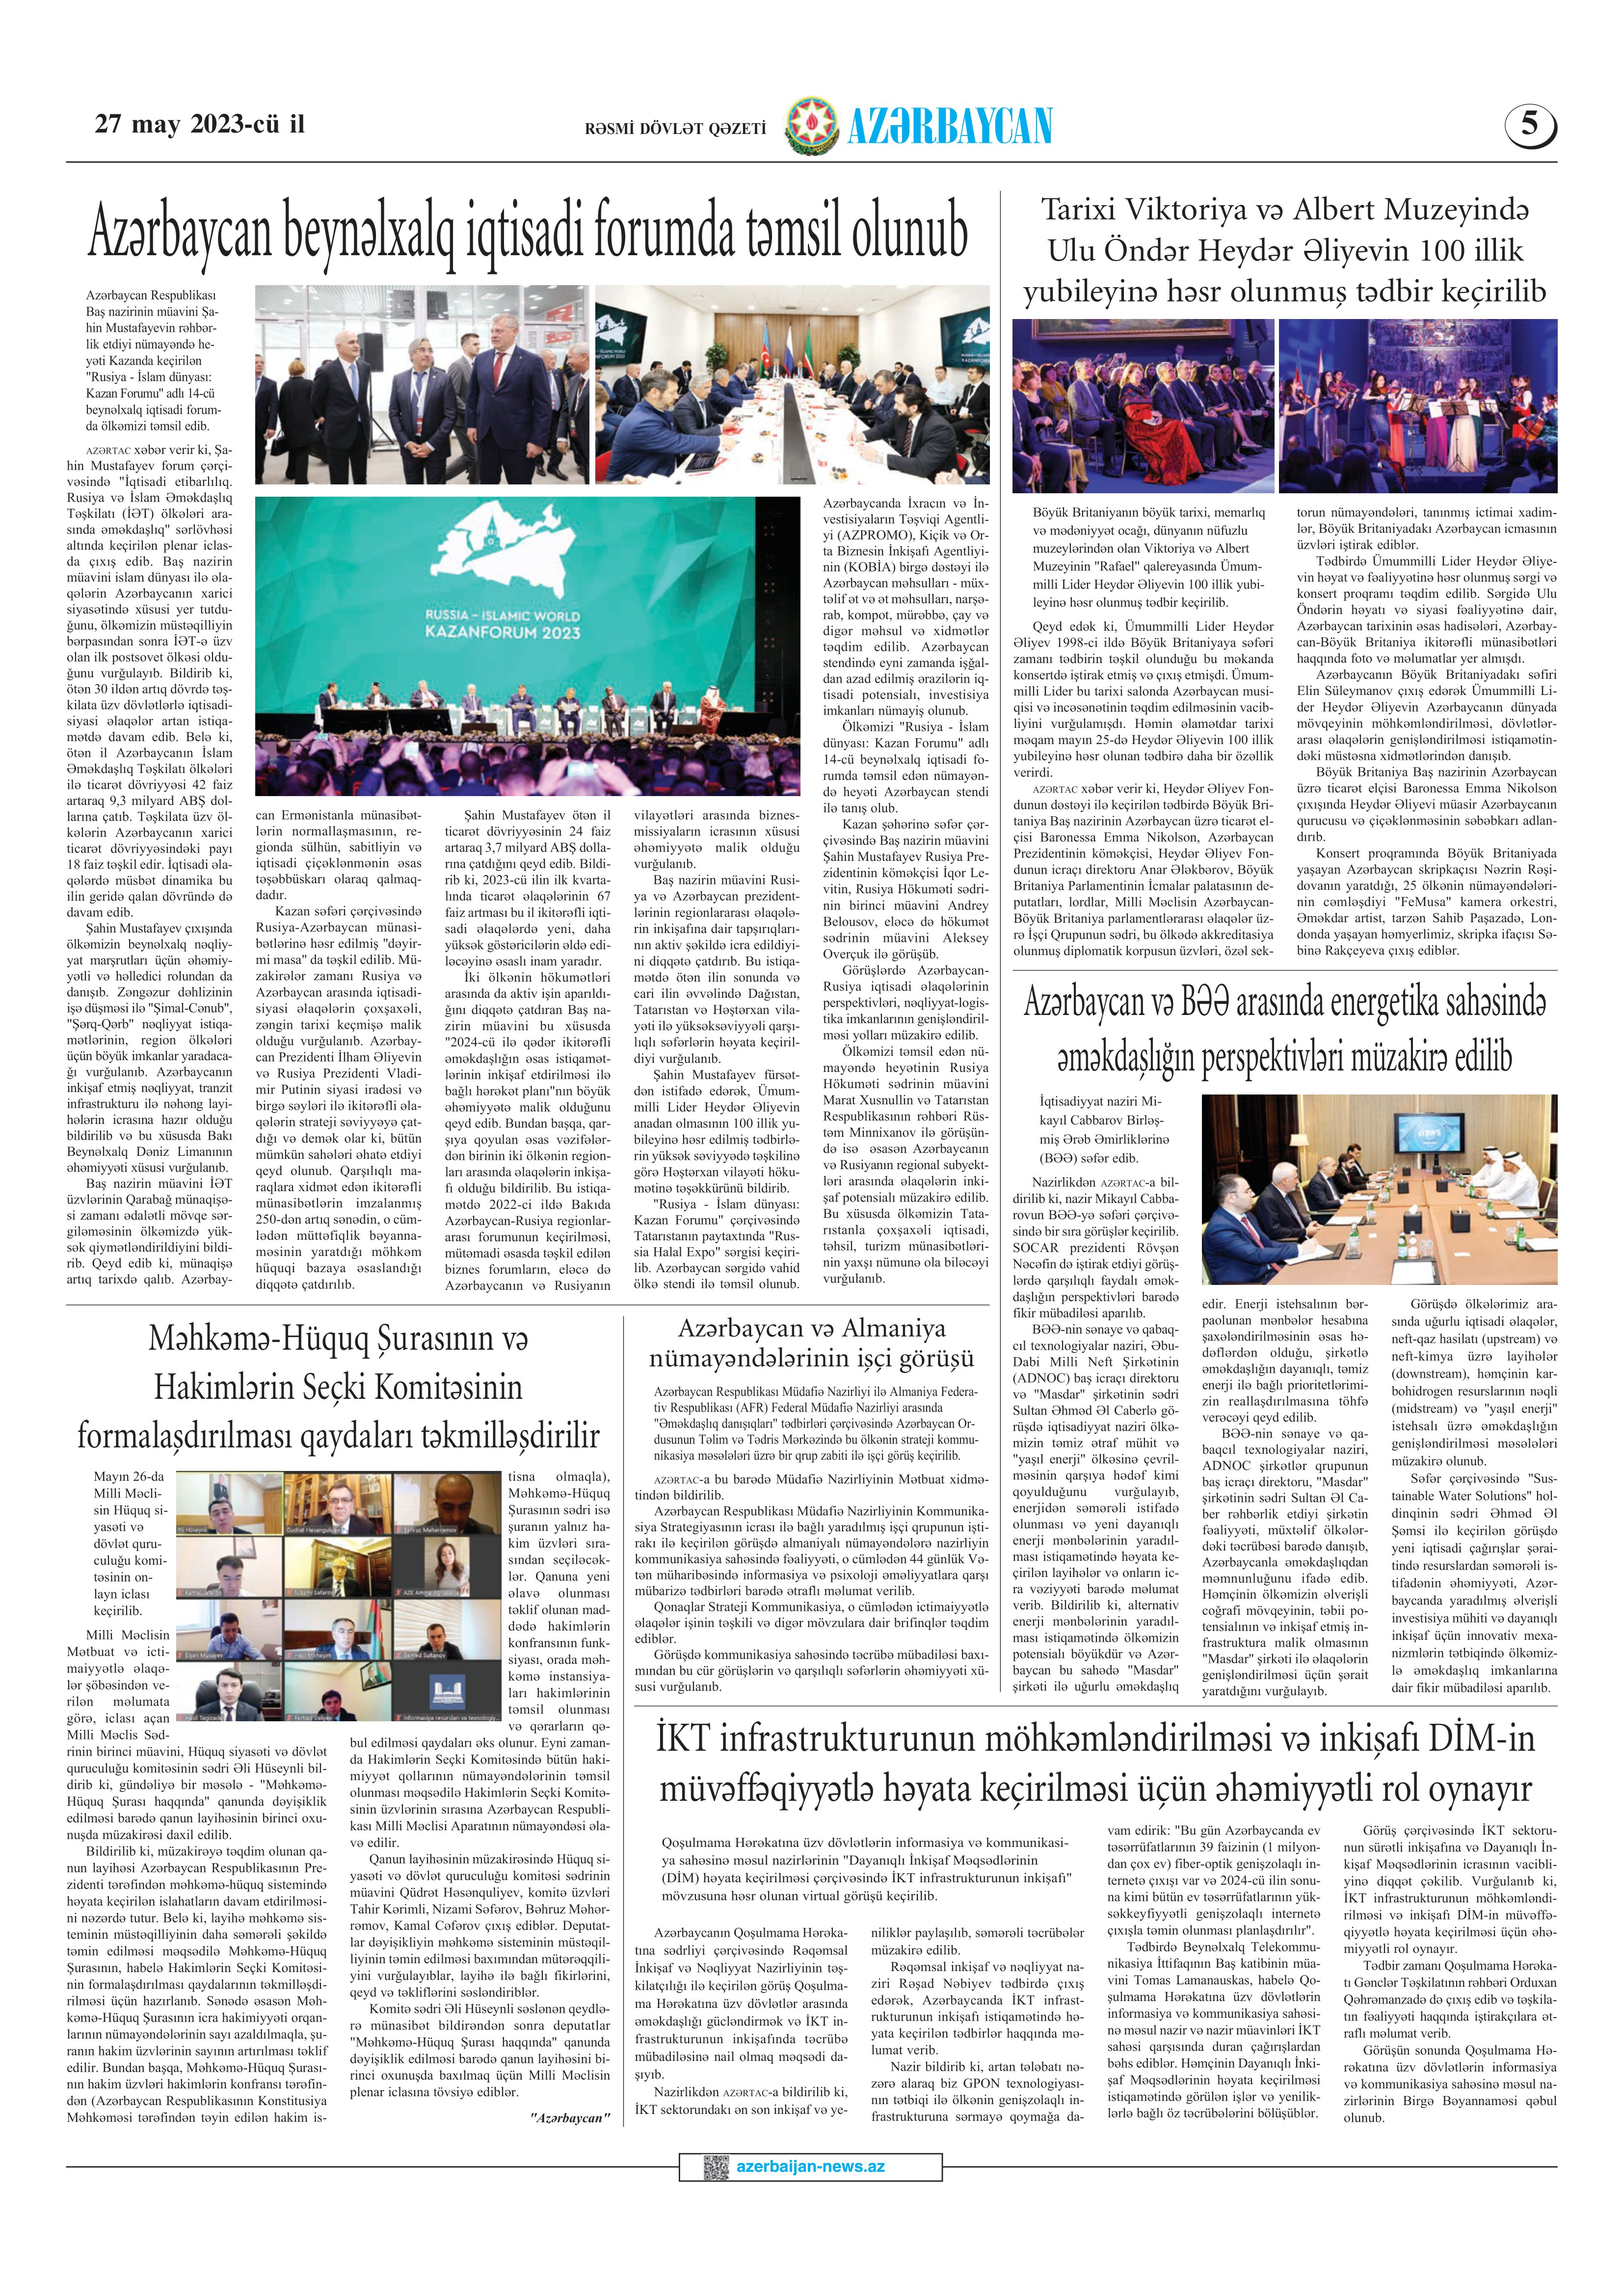
Language: az